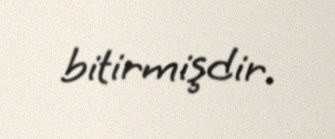
bitirmişdir.